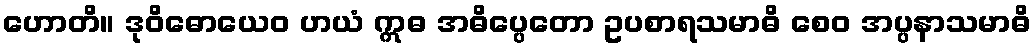
ဟောတိ။ ဒုဝိဓောယေဝ ဟယံ ဣဓ အဓိပ္ပေတော ဥပစာရသမာဓိ စေဝ အပ္ပနာသမာဓိ